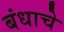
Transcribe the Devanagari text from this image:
बंधाचे